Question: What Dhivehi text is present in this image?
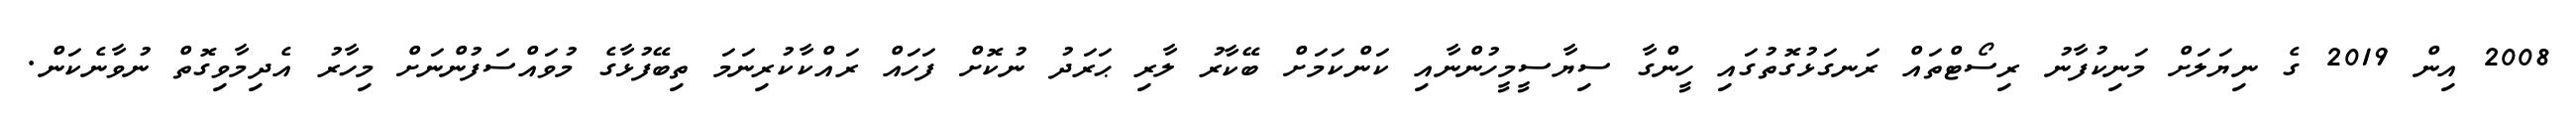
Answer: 2008 އިން 2019 ގެ ނިޔަލަށް މަނިކުފާނު ރިސޯޓްތައް ރަނގަޅުގޮތުގައި ހީންގާ ސިޔާސީމީހުންނާއި ކަންކަމަށް ބޭކާރު ލާރި ޙަރަދު ނުކޮށް ފަހައް ރައްކާކުރިނަމަ ތިބޭފުޅާގެ މުވައްސަފުންނަށް މިހާރު އެދިމާވިގޮތް ނުވާނެކަން.